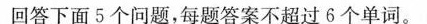
回答下面5个问题,每题答案不超过6个单词.。